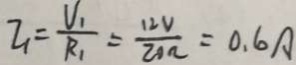
I _ { 1 } = \frac { V _ { 1 } } { R _ { 1 } } = \frac { 1 2 V } { 2 0 \Omega } = 0 . 6 A